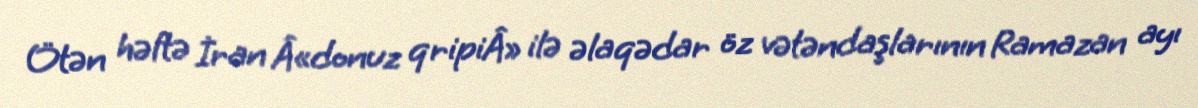
Ötən həftə İran Â«donuz qripiÂ» ilə əlaqədar öz vətəndaşlarının Ramazan ayı